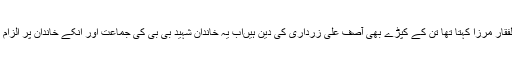
انہوں نے کہا کہ ذوالفقار مرزا کہتا تھا تن کے کپڑے بھی آصف علی زرداری کی دین ہیںاب یہ خاندان شہید بی بی کی جماعت اور انکے خاندان پر الزام تراشی پر اتر آیا ہے۔